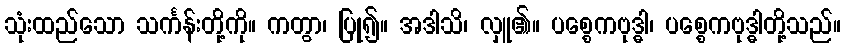
သုံးထည်သော သင်္ကန်းတို့ကို။ ကတွာ၊ ပြု၍။ အဒါသိ၊ လှူ၏။ ပစ္စေကဗုဒ္ဓါ၊ ပစ္စေကဗုဒ္ဓါတို့သည်။